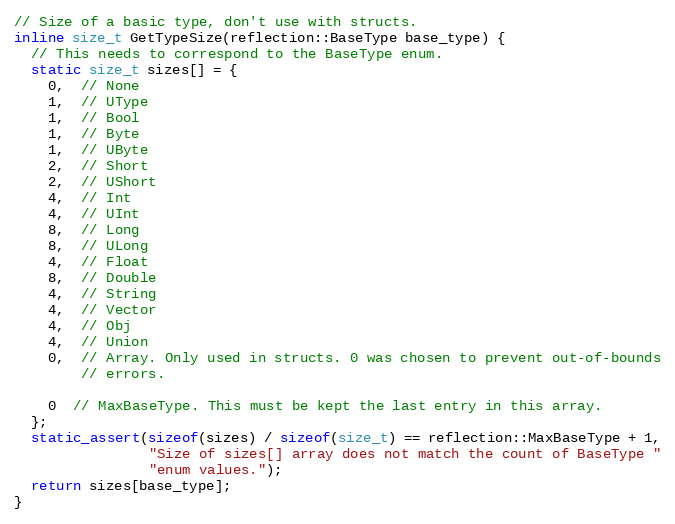
Language: C
// Size of a basic type, don't use with structs.
inline size_t GetTypeSize(reflection::BaseType base_type) {
  // This needs to correspond to the BaseType enum.
  static size_t sizes[] = {
    0,  // None
    1,  // UType
    1,  // Bool
    1,  // Byte
    1,  // UByte
    2,  // Short
    2,  // UShort
    4,  // Int
    4,  // UInt
    8,  // Long
    8,  // ULong
    4,  // Float
    8,  // Double
    4,  // String
    4,  // Vector
    4,  // Obj
    4,  // Union
    0,  // Array. Only used in structs. 0 was chosen to prevent out-of-bounds
        // errors.

    0  // MaxBaseType. This must be kept the last entry in this array.
  };
  static_assert(sizeof(sizes) / sizeof(size_t) == reflection::MaxBaseType + 1,
                "Size of sizes[] array does not match the count of BaseType "
                "enum values.");
  return sizes[base_type];
}